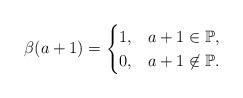
LaTeX: \begin{align*}\beta(a + 1) = \begin{cases} 1, & a + 1 \in \mathbb{P},\\ 0, & a + 1 \not \in \mathbb{P}. \end{cases}\end{align*}